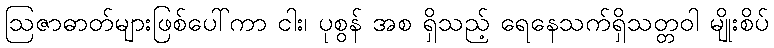
ဩဇာဓာတ်များဖြစ်ပေါ်ကာ ငါး၊ ပုစွန် အစ ရှိသည့် ရေနေသက်ရှိသတ္တဝါ မျိုးစိပ်